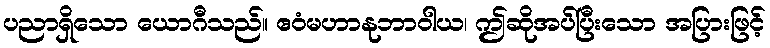
ပညာရှိသော ယောဂီသည်။ ဧဝံမဟာနုဘာဝါယ၊ ဤဆိုအပ်ပြီးသော အပြားဖြင့်